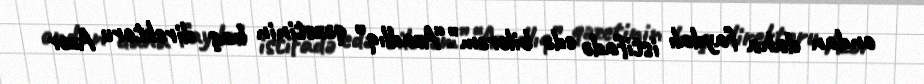
ondan daha faydalı istifadə edə bilərəm”.“Azadlıq” qəzetinin baş direktoru Azər